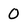
Character: 0